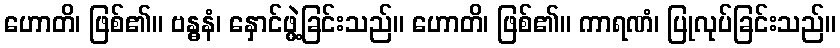
ဟောတိ၊ ဖြစ်၏။ ဗန္ဓနံ၊ နှောင်ဖွဲ့ခြင်းသည်။ ဟောတိ၊ ဖြစ်၏။ ကာရဏံ၊ ပြုလုပ်ခြင်းသည်။